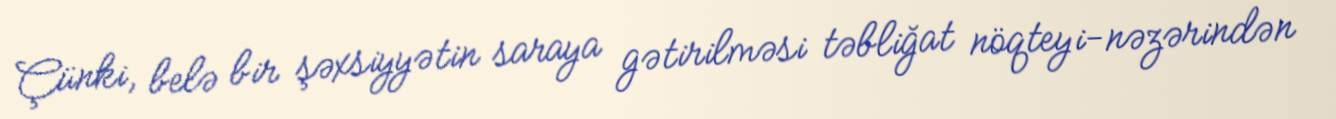
Çünki, belə bir şəxsiyyətin saraya gətirilməsi təbliğat nöqteyi-nəzərindən